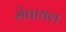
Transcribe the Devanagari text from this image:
मेघायल